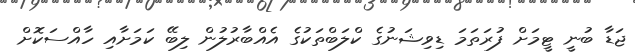
ޖަޑާ ބުނީ ޓީމަށް ފުރަތަމަ ޑިވިޝަނުގެ ކްލަބްތަކުގެ އެއްބާރުލުން ލިބޭ ކަމަށާއި ހާއްސަކޮށް